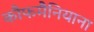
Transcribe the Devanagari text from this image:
कौफमैनियाना